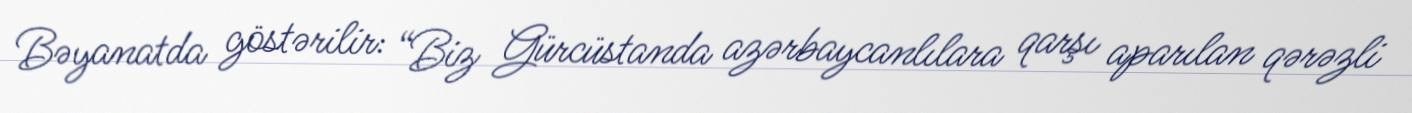
Bəyanatda göstərilir: “Biz Gürcüstanda azərbaycanlılara qarşı aparılan qərəzli